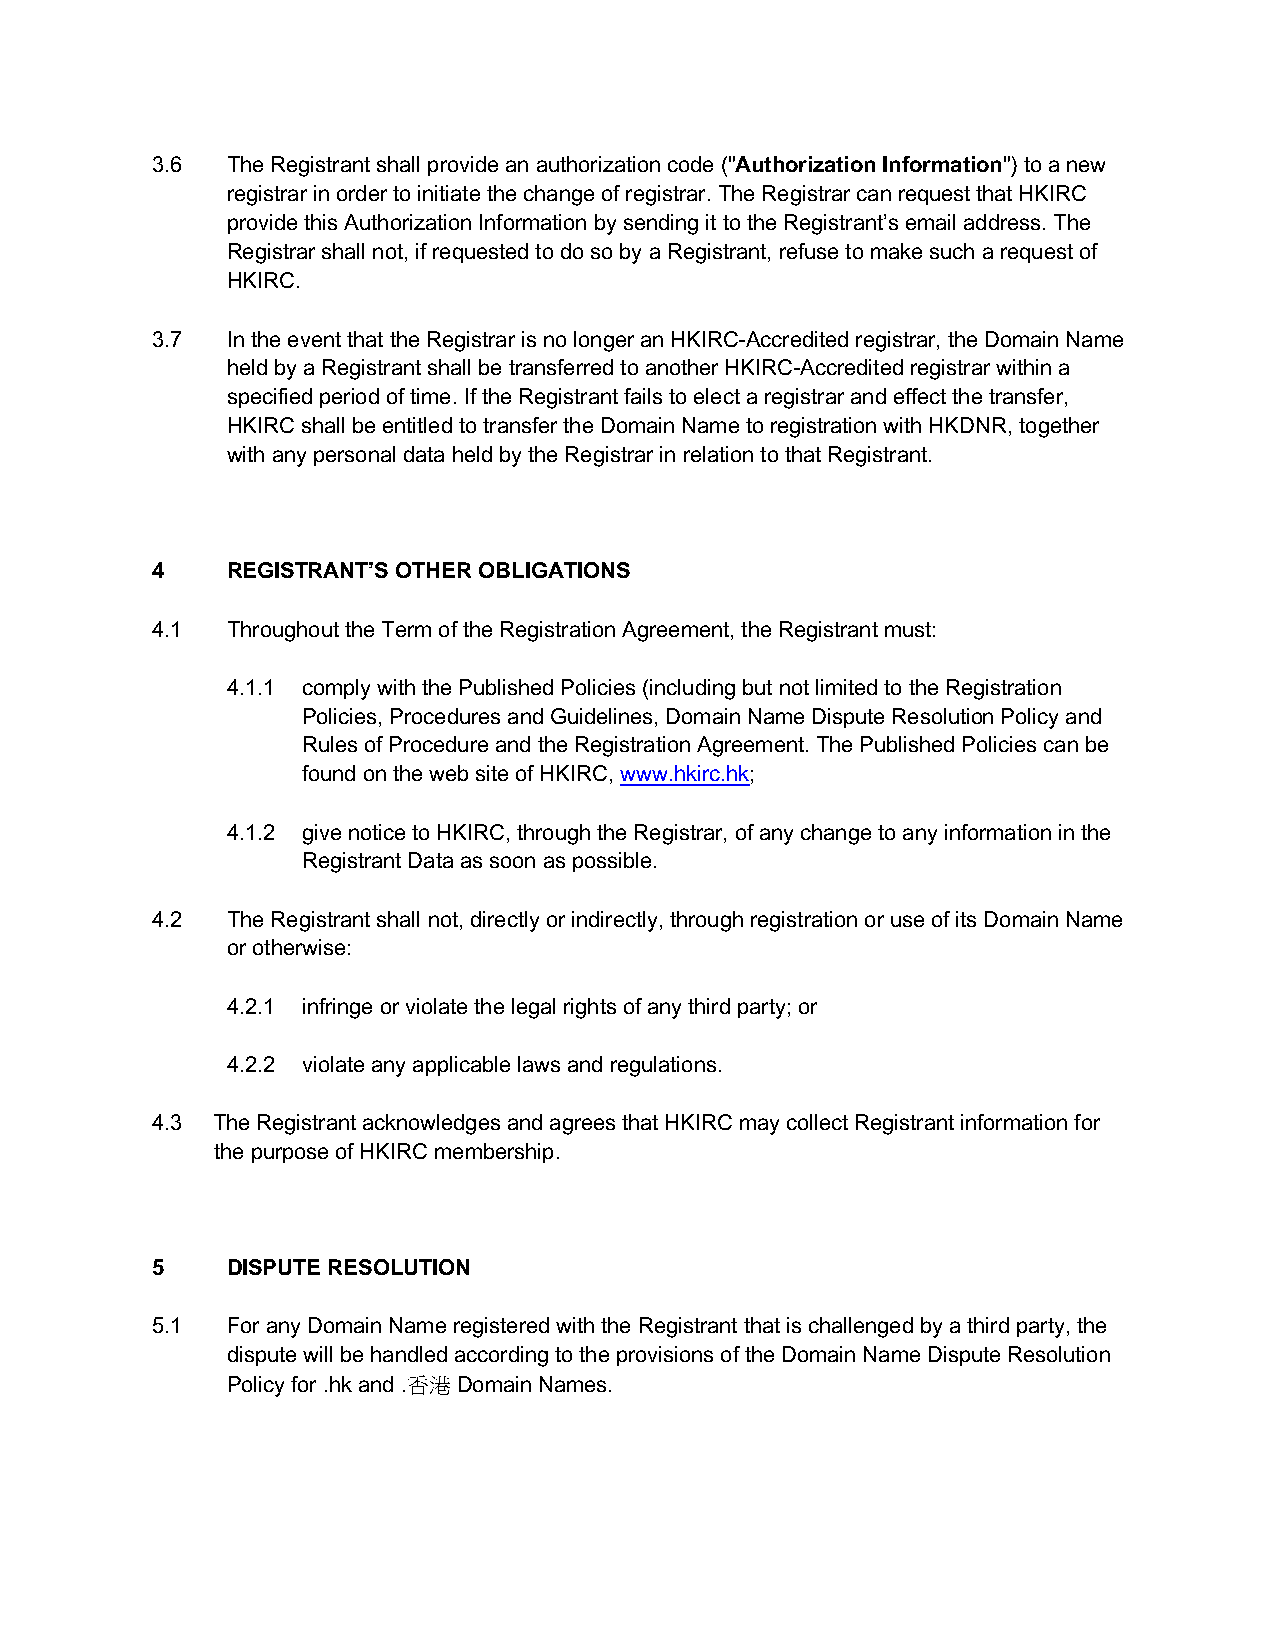
3.6  The Registrant shall provide an authorization code ("Authorization Information") to a new
 registrar in order to initiate the change of registrar. The Registrar can request that HKIRC
 provide this Authorization Information by sending it to the Registrant’s email address. The
 Registrar shall not, if requested to do so by a Registrant, refuse to make such a request of
 HKIRC.
 3.7  In the event that the Registrar is no longer an HKIRC-Accredited registrar, the Domain Name
 held by a Registrant shall be transferred to another HKIRC-Accredited registrar within a
 specified period of time. If the Registrant fails to elect a registrar and effect the transfer,
 HKIRC shall be entitled to transfer the Domain Name to registration with HKDNR, together
 with any personal data held by the Registrar in relation to that Registrant.
 4    REGISTRANT’S OTHER OBLIGATIONS
 4.1  Throughout the Term of the Registration Agreement, the Registrant must:
 4.1.1 comply with the Published Policies (including but not limited to the Registration
 Policies, Procedures and Guidelines, Domain Name Dispute Resolution Policy and
 Rules of Procedure and the Registration Agreement. The Published Policies can be
 found on the web site of HKIRC, www.hkirc.hk;
 4.1.2 give notice to HKIRC, through the Registrar, of any change to any information in the
 Registrant Data as soon as possible.
 4.2  The Registrant shall not, directly or indirectly, through registration or use of its Domain Name
 or otherwise:
 4.2.1 infringe or violate the legal rights of any third party; or
 4.2.2 violate any applicable laws and regulations.
 4.3 The Registrant acknowledges and agrees that HKIRC may collect Registrant information for
 the purpose of HKIRC membership.
 5    DISPUTE RESOLUTION
 5.1  For any Domain Name registered with the Registrant that is challenged by a third party, the
 dispute will be handled according to the provisions of the Domain Name Dispute Resolution
 Policy for .hk and .香港 Domain Names.